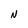
Character: N